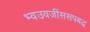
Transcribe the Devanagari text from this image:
भ्वउवजींससपबद्ध